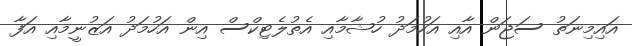
އައިމިނަތު ސަޖަން އާއި އަހުމަދު ހުޝާމާއި އެތުލެޓިކްސް އިން އަހުމަދު އަޒުނީމާއި އަފާ